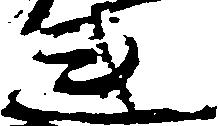
連